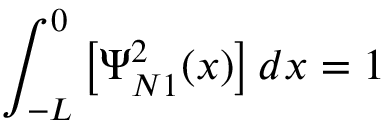
\int _ { - L } ^ { 0 } { \left[ { \Psi _ { N 1 } ^ { 2 } ( x ) } \right] d x = 1 }